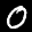
Label: 0